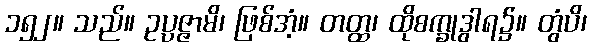
၁၅၂။ သည်။ ဥပ္ပဇ္ဇာမိ၊ ဖြစ်အံ့။ တတ္ထ၊ ထိုစက္ခုဒွါရ၌။ တွံပိ၊